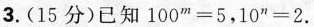
3.(15分)已知$$1 0 0 ^ { m } = 5$$，$$1 0 ^ { n } = 2$$.